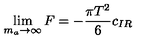
\lim _ { m _ { a } \to \infty } F = - \frac { \pi T ^ { 2 } } { 6 } c _ { I R }